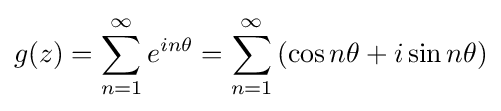
g(z)=\sum _{n=1}^{\infty }e^{in\theta }=\sum _{n=1}^{\infty }\left(\cos n\theta +i\sin n\theta \right)